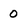
Character: 0